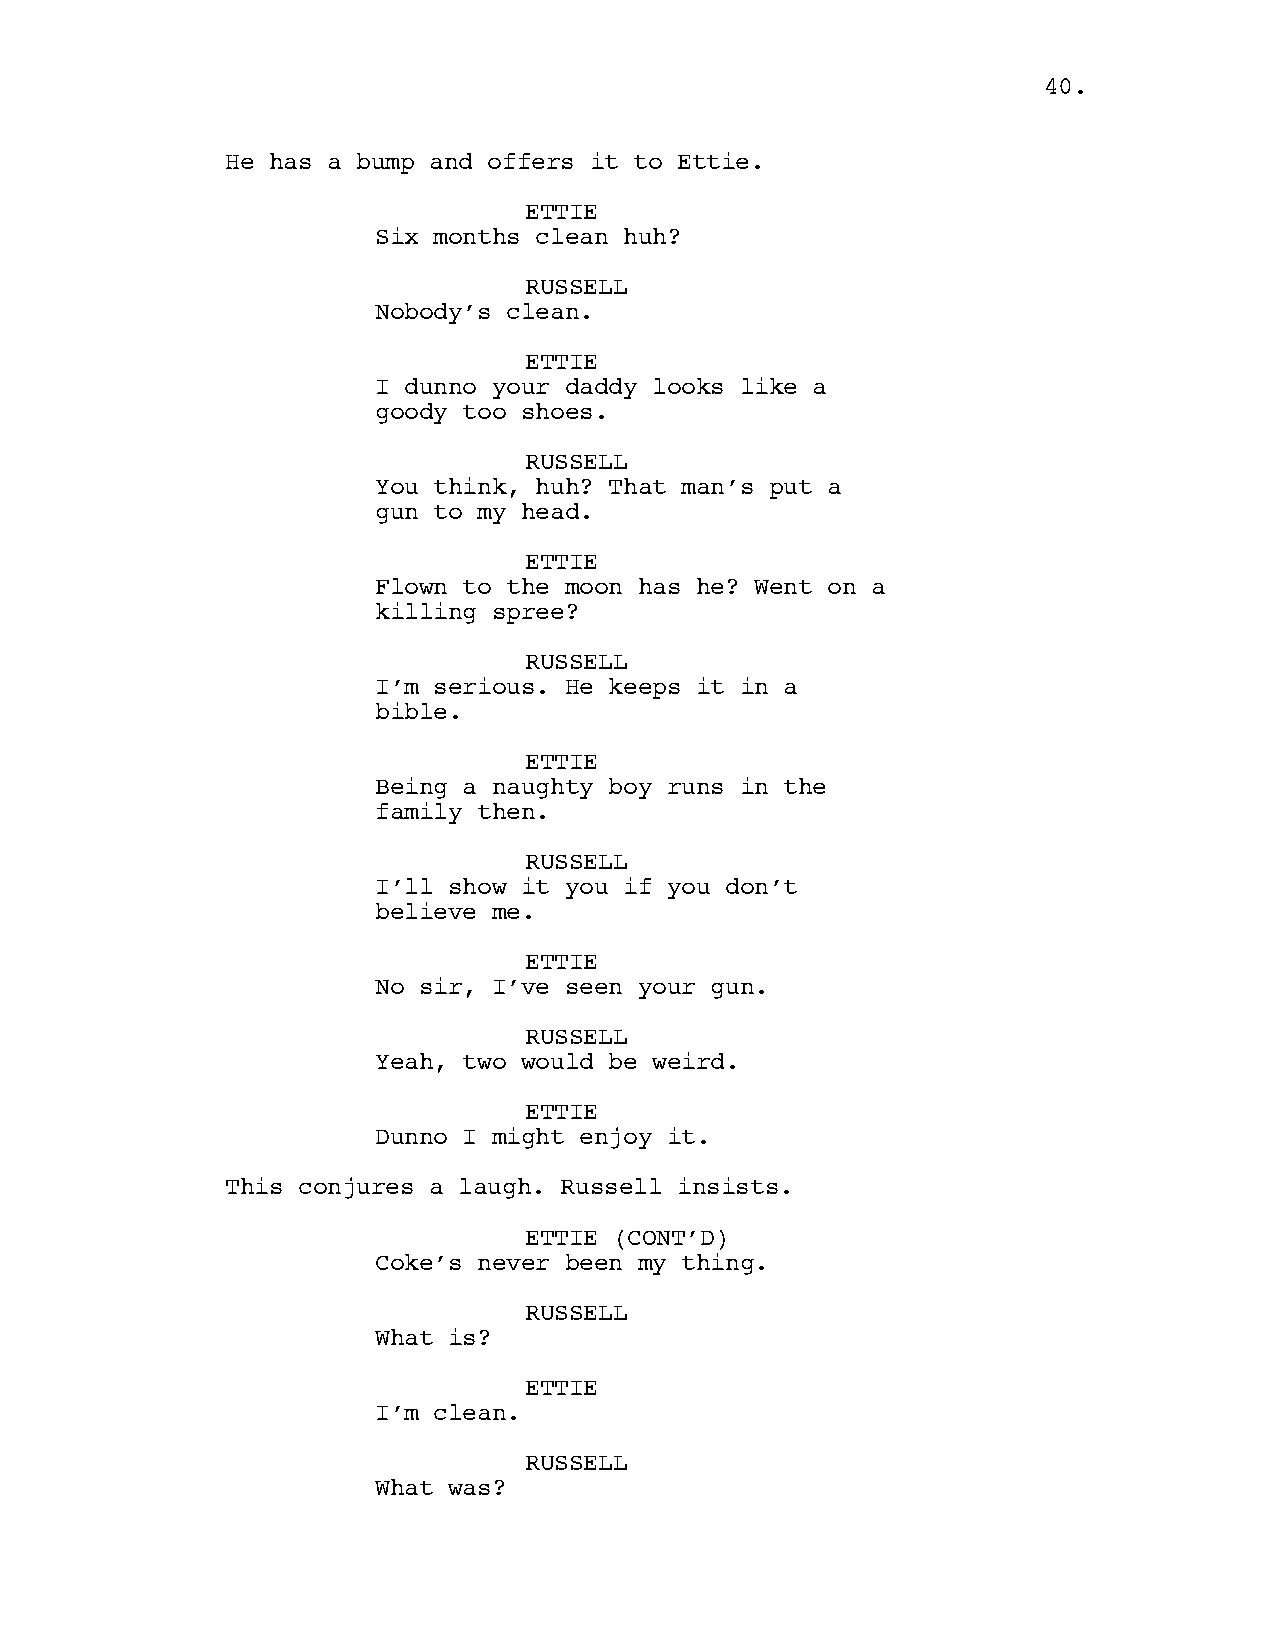
40.
 He has a bump and offers it to Ettie.
 ETTIE
 Six months clean huh?
 RUSSELL
 Nobody’s clean.
 ETTIE
 I dunno your daddy looks like a
 goody too shoes.
 RUSSELL
 You think, huh? That man’s put a
 gun to my head.
 ETTIE
 Flown to the moon has he? Went on a
 killing spree?
 RUSSELL
 I’m serious. He keeps it in a
 bible.
 ETTIE
 Being a naughty boy runs in the
 family then.
 RUSSELL
 I’ll show it you if you don’t
 believe me.
 ETTIE
 No sir, I’ve seen your gun.
 RUSSELL
 Yeah, two would be weird.
 ETTIE
 Dunno I might enjoy it.
 This conjures a laugh. Russell insists.
 ETTIE (CONT’D)
 Coke’s never been my thing.
 RUSSELL
 What is?
 ETTIE
 I’m clean.
 RUSSELL
 What was?